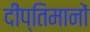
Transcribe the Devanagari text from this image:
दीप्तिमानों